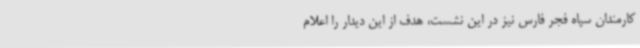
کارمندان سپاه فجر فارس نیز در این نشست، هدف از این دیدار را اعلام